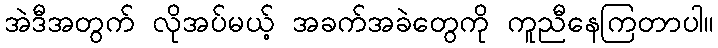
အဲဒီအတွက် လိုအပ်မယ့် အခက်အခဲတွေကို ကူညီနေကြတာပါ။